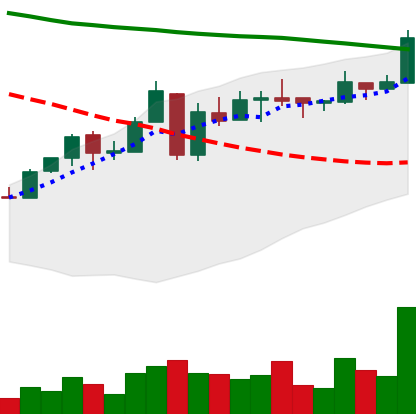
Ticker: ETC-USD
Chart end date: 2018-05-06
Forward return: -30.062%
Label: down_7plus